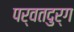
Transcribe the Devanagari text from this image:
पर्वतदुर्ग